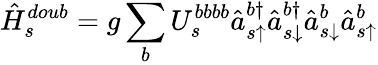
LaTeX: \hat{H}_{s}^{doub}=g\sum_{b}U_{s}^{bbbb}\hat{a}_{s\uparrow}^{b\dagger}\hat{a}_{s\downarrow}^{b\dagger}\hat{a}_{s\downarrow}^{b}\hat{a}_{s\uparrow}^{b}